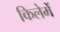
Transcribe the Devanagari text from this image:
किलेमें